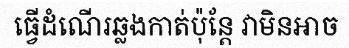
ធ្វើដំណើរឆ្លងកាត់ប៉ុន្តែ វាមិនអាច